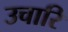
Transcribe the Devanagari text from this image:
उचारि